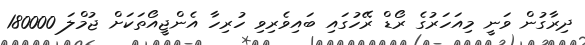
ދިރާގުން ވަނީ މިއަހަރުގެ ރޯޑް ރޭހުގައި ބައިވެރިވި ހުރިހާ އެންޖީއޯތަކަށް ޖުމްލަ 180000